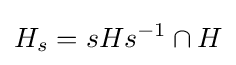
H_{s}=sHs^{-1}\cap H